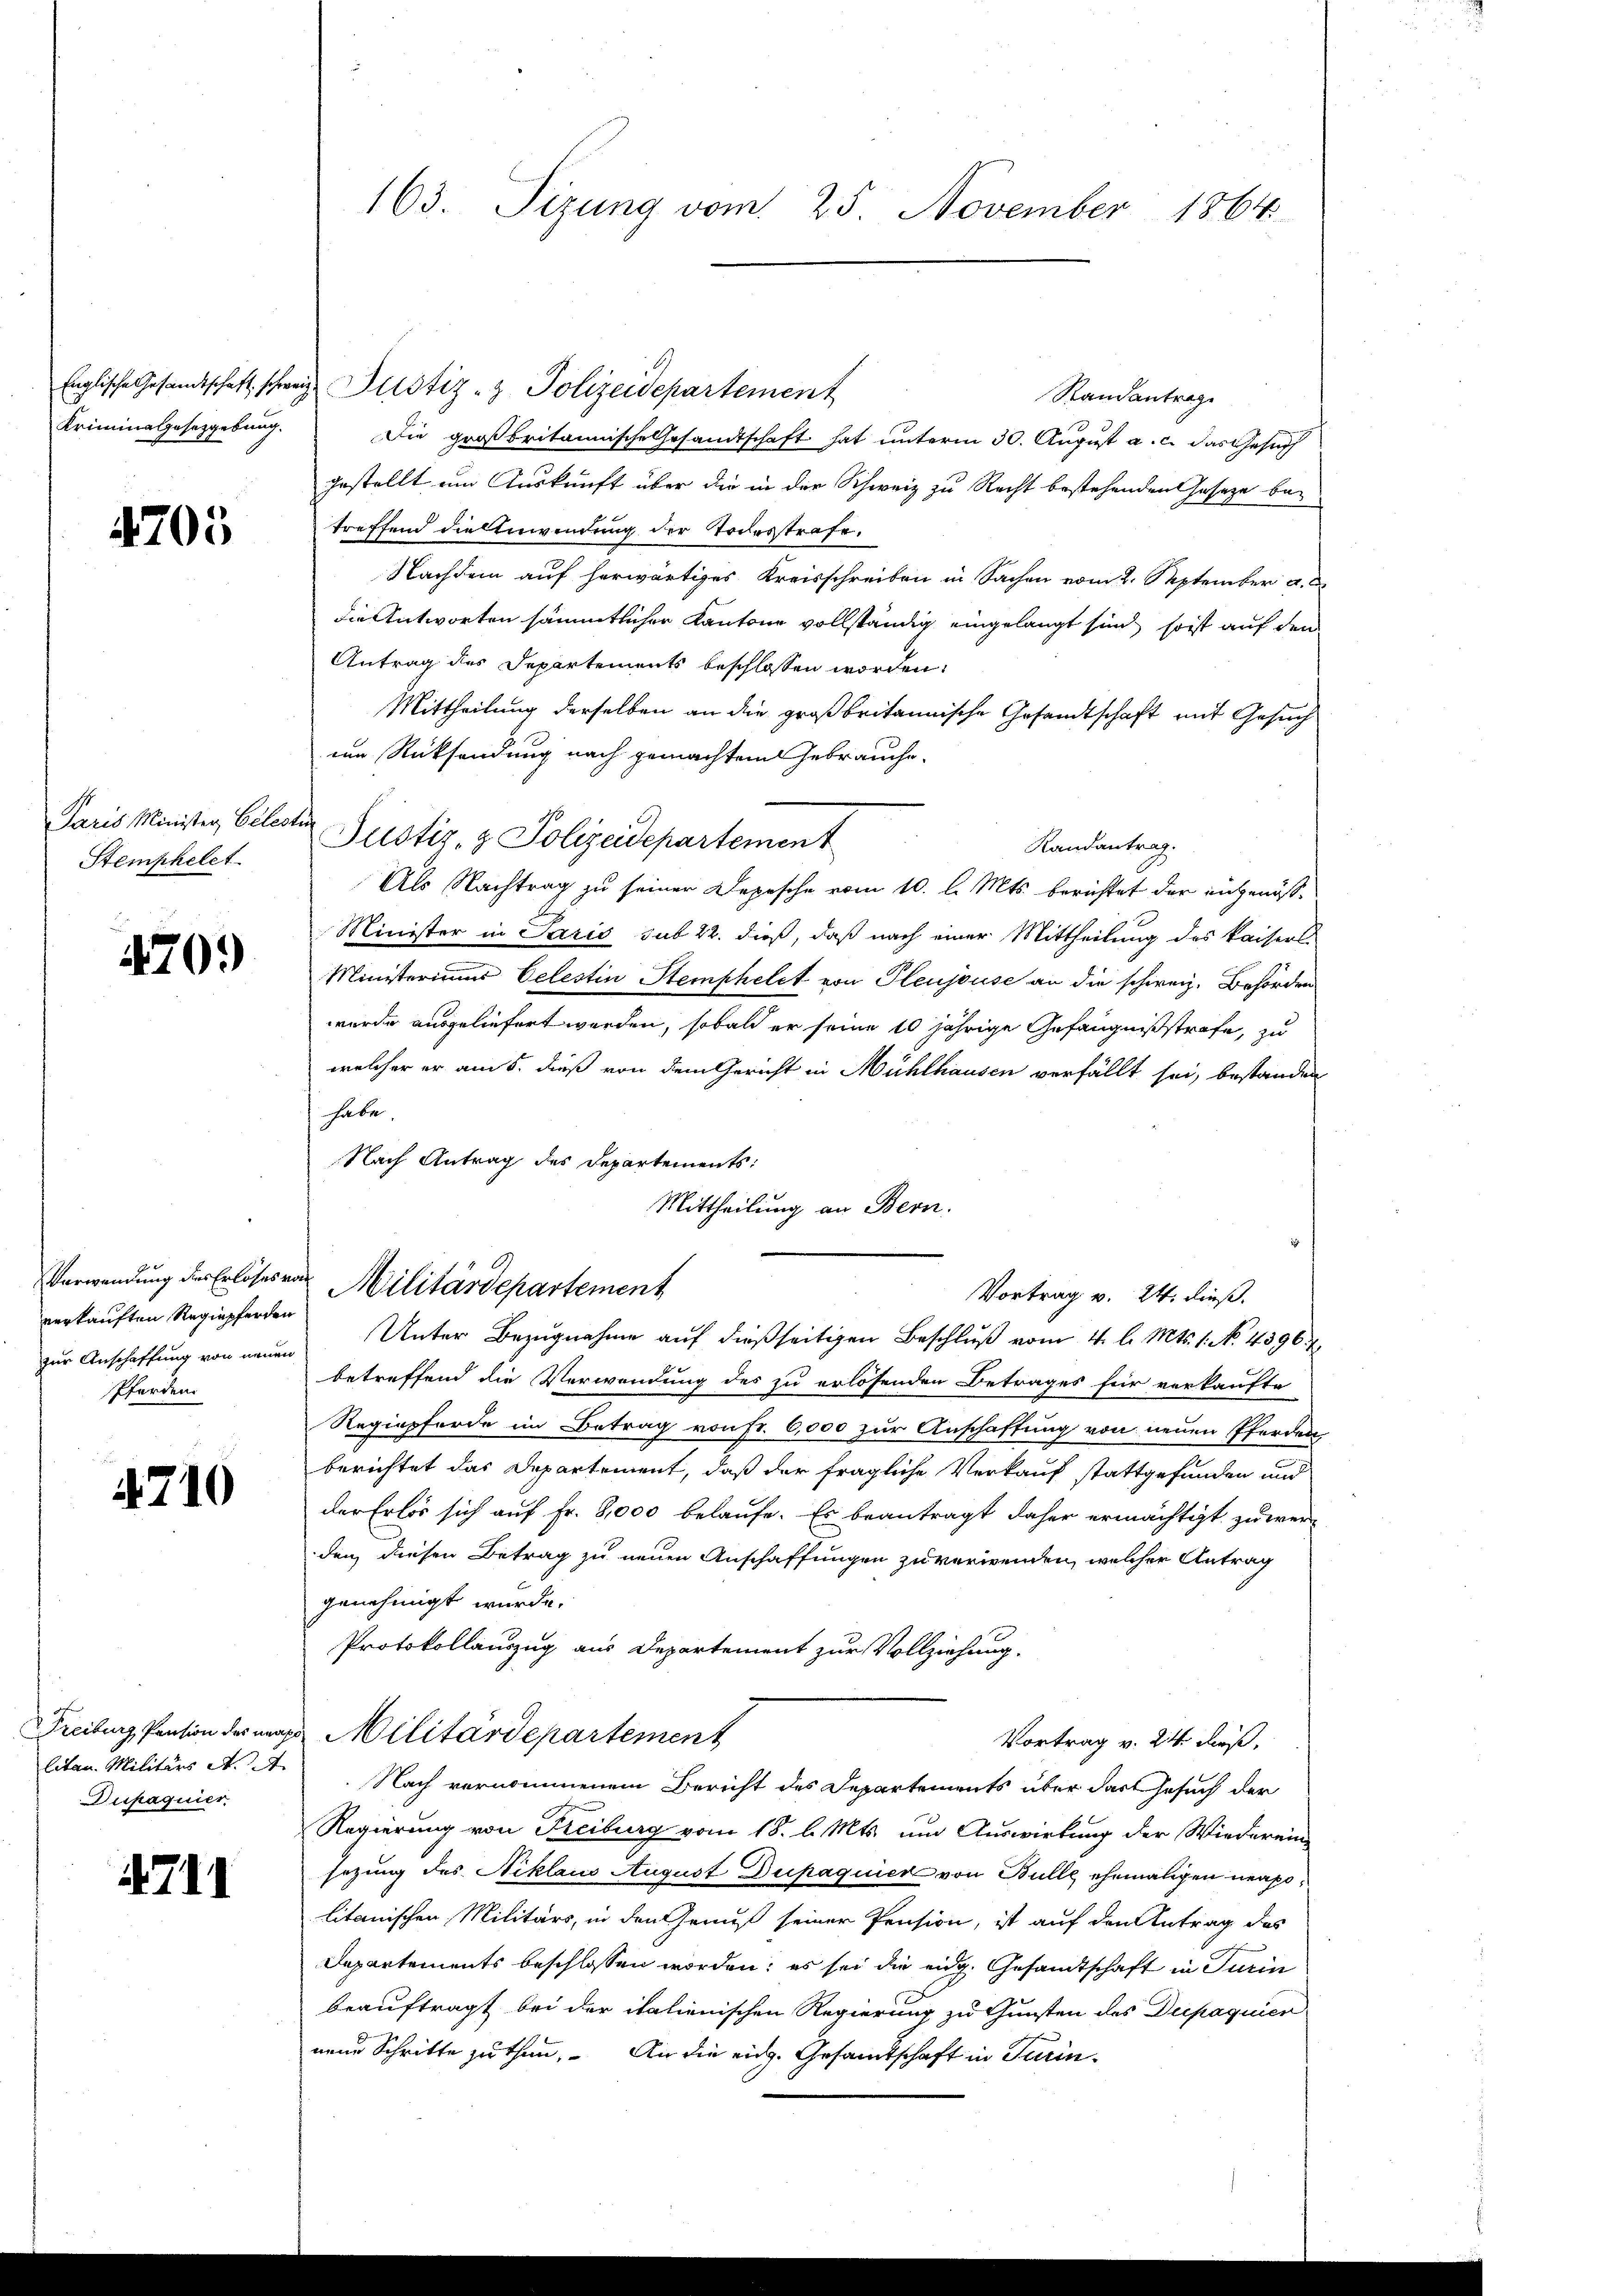
Kriminalgesetzgebung.

4705

Stemphelet

470.

Verwendung des Erlöses von
verkauften Regiepferden
Pferden.

.
710

litan. Militärs A. 24.
Dupaquier

4711

Englische Gesandtschaft schweiz. Justiz- & Polizeidepartement
Randantrag
Die großbritannische Gesandtschaft hat unterm 30. August a. c. das Gesuch
gestellt um Auskunft über die in der Schweiz zu Recht bestehenden Gesetze betreffend die Anwendung der Todesstrafe.
Nachdem auf herwärtiges Kreisschreiben in Sachen vom 2. September a. O.
die Antworten sämmtlicher Kantone vollständig eingelangt sind, so ist auf den
Antrag des Departements beschlossen worden.
Mittheilung derselben an die großbritannische Gesandtschaft mit Gesuch
um Rücksendung nach gemachtem Gebrauche.
Paris Minister Celester Justiz & Polizeidepartement
Randantrag.
Als Nachtrag zu seiner Depesche vom 10. l. Mts. berichtet der ungenöß¬
Minister in Paris sub 22. dieß, daß nach einer Mittheilung des Kaisers
Ministeriums Celestin Stemphelet von Pleujouse an die schweiz. Behörden
wurde ausgeliefert werden, sobald er seine 10 jährige Gefängnißstrafe, zu
welcher er am 5. dieß von dem Gericht in Mühlhausen verfällt sei, bestanden
 habe,
Nach Antrag des Departements:
Mittheilung an Bern.
Militärdepartement
Vortrag v. 24. dieß.
zur Anschaffung von neuen Unter Bezugnahme auf dießseitigen Beschluß vom 4. l. Mts. 1. No. 45967
betreffend die Verwendung des zu erlösenden Betrages für verkaufte
Regiepferde im Betrag von Fr. 6,000 zur Anschaftung von neuen Pferden
berichtet das Departement, daß der fragliche Verkauf stattgefunden und
der Erlös sich auf Fr. 8000 belaufe. Es beantragt daher ermächtigt zu werden diesen Betrag zu neuen Anschaffungen zu verwenden, welcher Antrag
genehmigt wurde.
Protokollauszug aus Departement zur Vollziehung
Freiburg, Pension der was Militärdepartement
Vortrag v. 24 dieß,
Nach vernommenem Bericht des Departements über das Gesuch der
Regierung von Freiburg vom 18. l. Mts. um Auswirkung der Wiederein-
sezung des Niklaus August Dupaquier von Bulle ehemaligen neapolitanischen Militärs, in den Genuß seiner Pension, ist auf den Antrag des
Departements beschlossen worden; es sei die eidg. Gesandtschaft in Turin
beauftragt bei der italienischen Regierung zu Gunsten des Dupaquier
neue Schritte zu thun. An die eich. Gesamtschaft in Turin

163. Sizung vom 25. November 1864